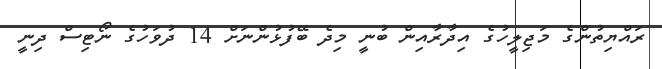
ރައްޔިތުންގެ މަޖިލީހުގެ އިދާރާއިން ބުނީ މިދެ ބޭފުޅުންނަށް 14 ދުވަހުގެ ނޯޓިސް ދިނީ